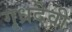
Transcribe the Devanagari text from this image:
गृध्रदेवी